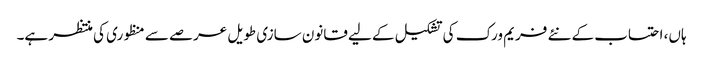
ہاں، احتساب کے نئے فریم ورک کی تشکیل کے لیے قانون سازی طویل عرصے سے منظوری کی منتظر ہے۔